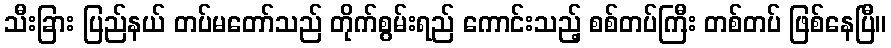
သီးခြား ပြည်နယ် တပ်မတော်သည် တိုက်စွမ်းရည် ကောင်းသည့် စစ်တပ်ကြီး တစ်တပ် ဖြစ်နေပြီ။